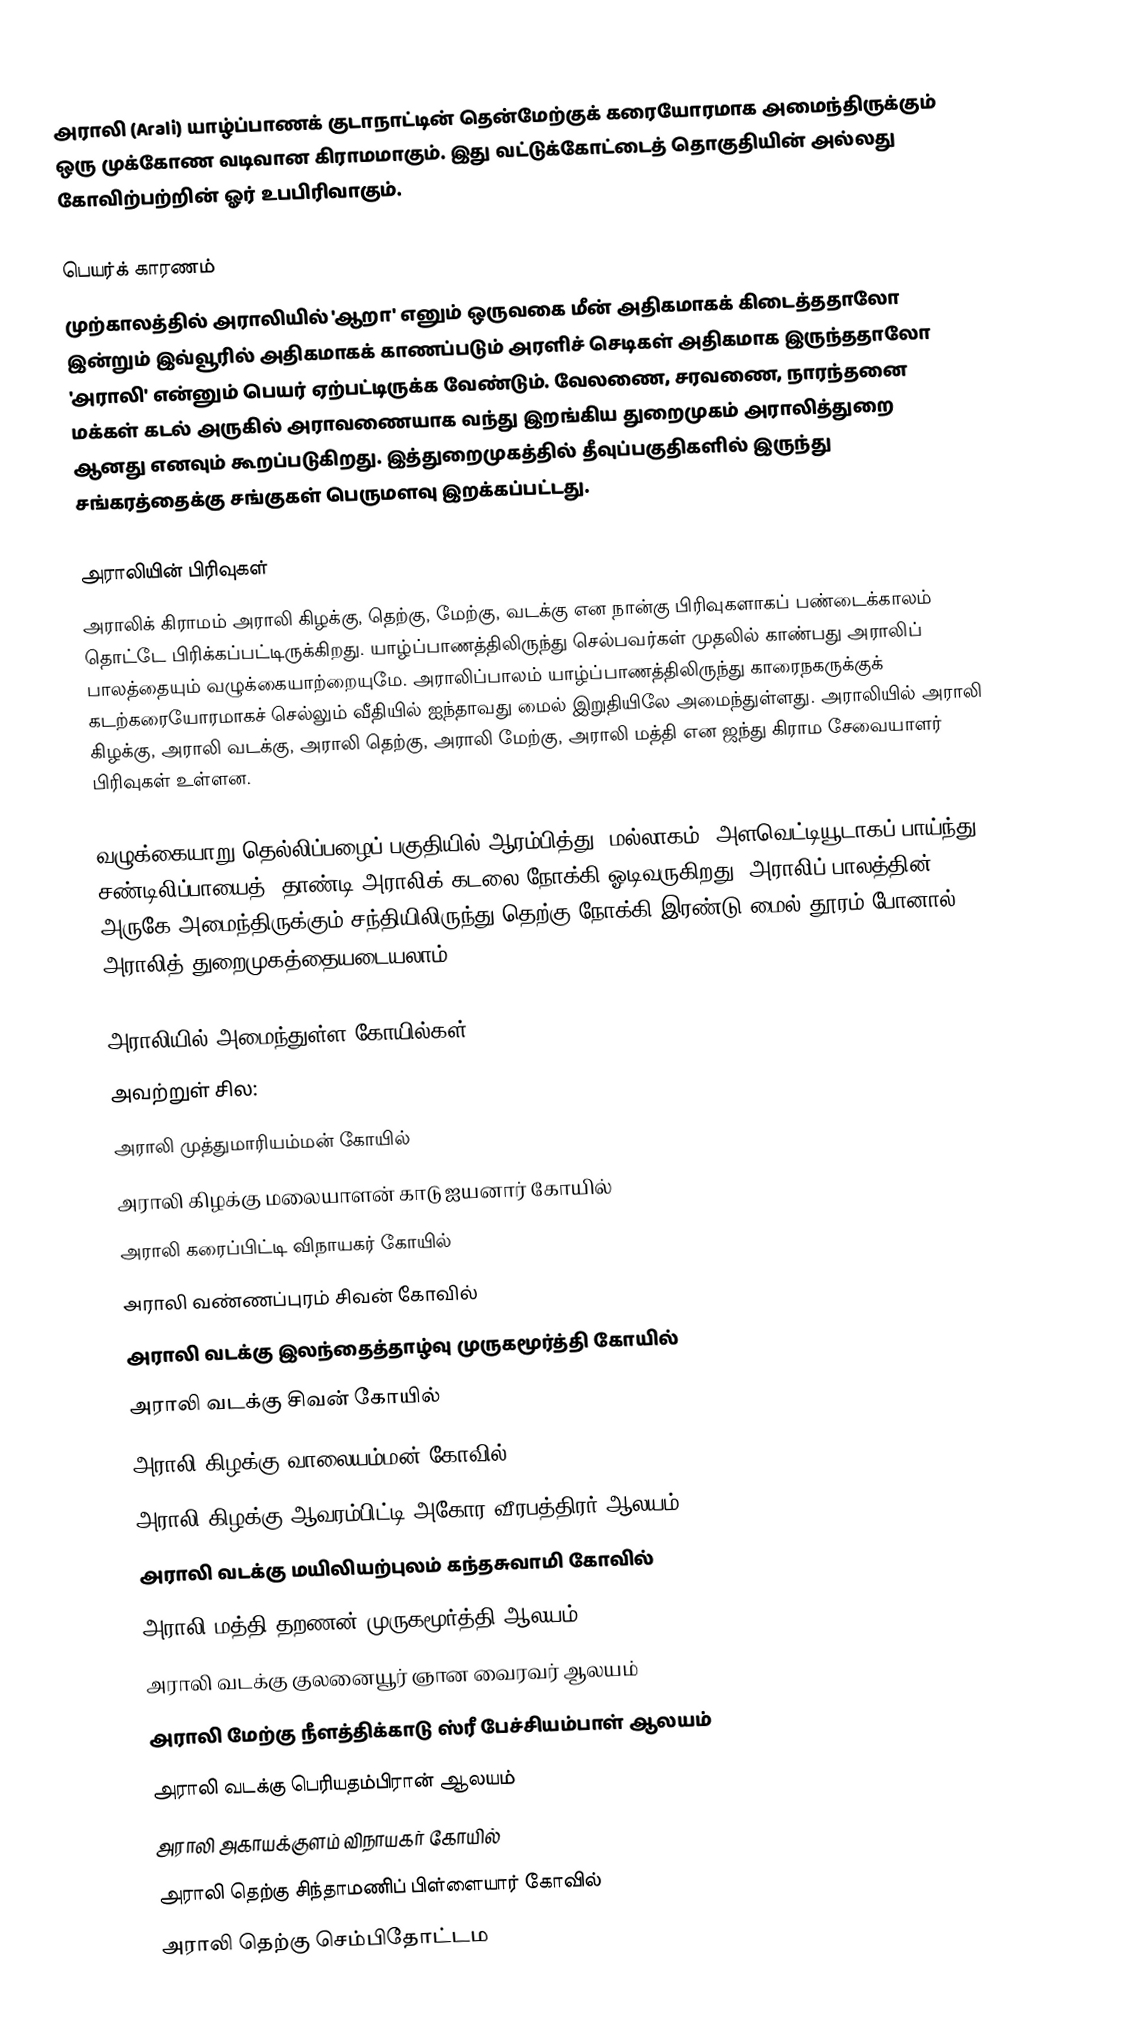
அராலி (Arali) யாழ்ப்பாணக் குடாநாட்டின் தென்மேற்குக் கரையோரமாக அமைந்திருக்கும் ஒரு முக்கோண வடிவான கிராமமாகும். இது வட்டுக்கோட்டைத் தொகுதியின் அல்லது கோவிற்பற்றின் ஓர் உபபிரிவாகும்.

பெயர்க் காரணம்
முற்காலத்தில் அராலியில் 'ஆறா' எனும் ஒருவகை மீன் அதிகமாகக் கிடைத்ததாலோ இன்றும் இவ்வூரில் அதிகமாகக் காணப்படும் அரளிச் செடிகள் அதிகமாக இருந்ததாலோ 'அராலி' என்னும் பெயர் ஏற்பட்டிருக்க வேண்டும். வேலணை, சரவணை, நாரந்தனை மக்கள் கடல் அருகில் அராவணையாக வந்து இறங்கிய துறைமுகம் அராலித்துறை ஆனது எனவும் கூறப்படுகிறது. இத்துறைமுகத்தில் தீவுப்பகுதிகளில் இருந்து சங்கரத்தைக்கு சங்குகள் பெருமளவு இறக்கப்பட்டது.

அராலியின் பிரிவுகள்
அராலிக் கிராமம் அராலி கிழக்கு, தெற்கு, மேற்கு, வடக்கு என நான்கு பிரிவுகளாகப் பண்டைக்காலம் தொட்டே பிரிக்கப்பட்டிருக்கிறது. யாழ்ப்பாணத்திலிருந்து செல்பவர்கள் முதலில் காண்பது அராலிப் பாலத்தையும் வழுக்கையாற்றையுமே. அராலிப்பாலம் யாழ்ப்பாணத்திலிருந்து காரைநகருக்குக் கடற்கரையோரமாகச் செல்லும் வீதியில் ஐந்தாவது மைல் இறுதியிலே அமைந்துள்ளது. அராலியில் அராலி கிழக்கு, அராலி வடக்கு, அராலி தெற்கு, அராலி மேற்கு, அராலி மத்தி என ஜந்து கிராம சேவையாளர் பிரிவுகள் உள்ளன.

வழுக்கையாறு தெல்லிப்பழைப் பகுதியில் ஆரம்பித்து, மல்லாகம், அளவெட்டியூடாகப் பாய்ந்து, சண்டிலிப்பாயைத்) தாண்டி அராலிக் கடலை நோக்கி ஓடிவருகிறது. அராலிப் பாலத்தின் அருகே அமைந்திருக்கும் சந்தியிலிருந்து தெற்கு நோக்கி இரண்டு மைல் தூரம் போனால் அராலித் துறைமுகத்தையடையலாம்.

அராலியில் அமைந்துள்ள கோயில்கள்
அவற்றுள் சில:
 அராலி முத்துமாரியம்மன் கோயில்
 அராலி கிழக்கு மலையாளன் காடு ஐயனார் கோயில்
 அராலி கரைப்பிட்டி விநாயகர் கோயில்
 அராலி வண்ணப்புரம் சிவன் கோவில்
 அராலி வடக்கு இலந்தைத்தாழ்வு முருகமூர்த்தி கோயில்
 அராலி வடக்கு சிவன் கோயில்
 அராலி கிழக்கு வாலையம்மன் கோவில்
 அராலி கிழக்கு ஆவரம்பிட்டி அகோர வீரபத்திரர் ஆலயம்
 அராலி வடக்கு மயிலியற்புலம் கந்தசுவாமி கோவில்
 அராலி மத்தி தறணன் முருகமூர்த்தி ஆலயம்
 அராலி வடக்கு குலனையூர் ஞான வைரவர் ஆலயம்
 அராலி மேற்கு நீளத்திக்காடு ஸ்ரீ பேச்சியம்பாள் ஆலயம்
 அராலி வடக்கு பெரியதம்பிரான் ஆலயம்
 அராலி அகாயக்குளம் விநாயகர் கோயில்
 அராலி தெற்கு சிந்தாமணிப் பிள்ளையார் கோவில்
 அராலி தெற்கு செம்பிதோட்டம